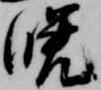
晩